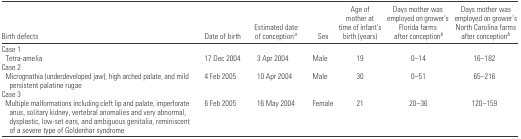
| Birth defects | Date of birth | Estimated date of conceptiona | Sex | Age of mother at time of infant’s birth (years) | Days mother was employed on grower’s Florida farms after conceptionb | Days mother was employed on grower’s North Carolina farms after conceptionb |
 | --- | --- | --- | --- | --- | --- | --- |
 | <COLSPAN=7> Case 1 |
 | Tetra-amelia | 17 Dec 2004 | 3 Apr 2004 | Male | 19 | 0–14 | 16–182 |
 | <COLSPAN=7> Case 2 |
 | Micrognathia (underdeveloped jaw), high arched palate, and mild persistent palatine rugae | 4 Feb 2005 | 10 Apr 2004 | Male | 30 | 0–51 | 65–216 |
 | <COLSPAN=7> Case 3 |
 | Multiple malformations including cleft lip and palate, imperforate anus, solitary kidney, vertebral anomalies and very abnormal, dysplastic, low-set ears, and ambiguous genitalia, reminiscent of a severe type of Goldenhar syndrome | 6 Feb 2005 | 16 May 2004 | Female | 21 | 20–36 | 120–159 |